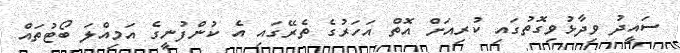
ސައީދު ވިދާޅުވިގޮތުގައި ކުރިއަށް އޮތް އަހަރުގެ ތެރޭގައި އެ ކުންފުނީގެ އަމިއްލަ ބޯޓުތައް